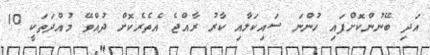
އަދި ބޭނުންކޮށްފައި ހުންނަ ސައިކަލާއި ކާރު ރާއްޖެ އެތެރެކޮށް ދުއްވޭ މުއްދަތަކީ 10